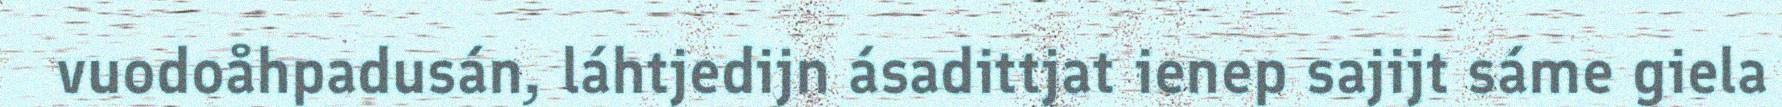
vuodoåhpadusán, láhtjedijn ásadittjat ienep sajijt sáme giela